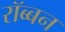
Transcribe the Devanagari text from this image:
रॉब्‍बन